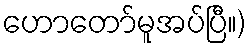
ဟောတော်မူအပ်ပြီ။)